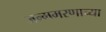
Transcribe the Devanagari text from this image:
जन्ममरणाच्या